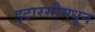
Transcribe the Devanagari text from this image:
इटारसीमधून